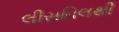
લીસવિલથી